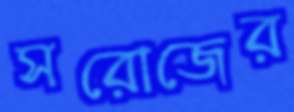
সরোজের